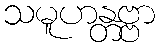
သမူဟန္တဗ္ဗာ